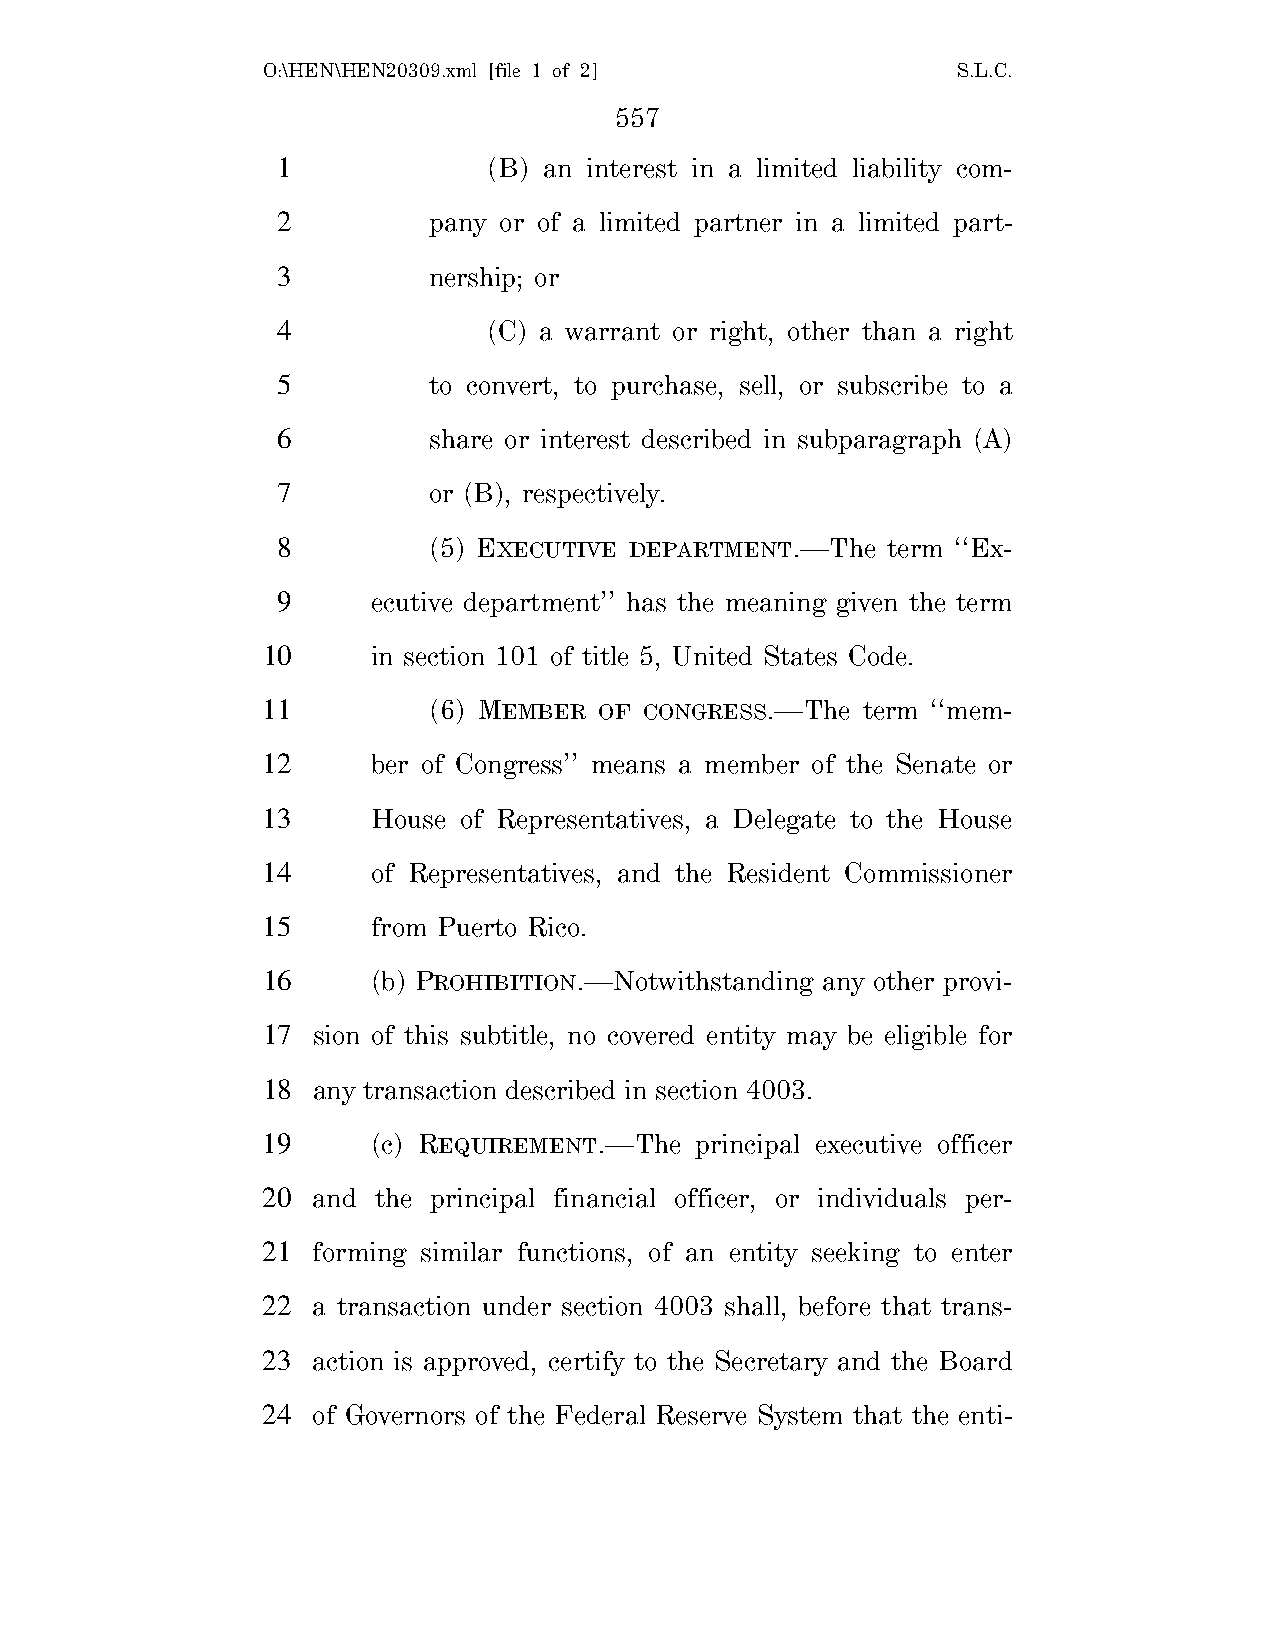
O:\HEN\HEN20309.xml [file 1 of 2]             S.L.C.
 557
 1             (B) an interest in a limited liability com-
 2         pany or of a limited partner in a limited part-
 3         nership; or
 4             (C) a warrant or right, other than a right
 5         to convert, to purchase, sell, or subscribe to a
 6         share or interest described in subparagraph (A)
 7         or (B), respectively.
 8         (5) EXECUTIVE DEPARTMENT.—The  term ‘‘Ex-
 9      ecutive department’’ has the meaning given the term
 10      in section 101 of title 5, United States Code.
 11         (6) MEMBER  OF CONGRESS.—The term ‘‘mem-
 12      ber of Congress’’ means a member of the Senate or
 13      House of Representatives, a Delegate to the House
 14      of Representatives, and the Resident Commissioner
 15      from Puerto Rico.
 16      (b) PROHIBITION.—Notwithstanding any other provi-
 17  sion of this subtitle, no covered entity may be eligible for
 18  any transaction described in section 4003.
 19      (c) REQUIREMENT.—The principal executive officer
 20  and the principal financial officer, or individuals per-
 21  forming similar functions, of an entity seeking to enter
 22  a transaction under section 4003 shall, before that trans-
 23  action is approved, certify to the Secretary and the Board
 24  of Governors of the Federal Reserve System that the enti-